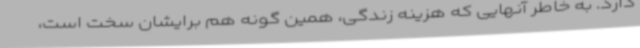
دارد. به خاطر آنهایی که هزینه زندگی، همین گونه هم برایشان سخت است،